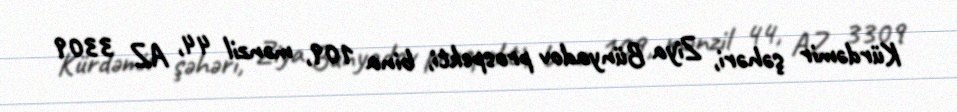
Kürdəmir şəhəri, Ziya Bünyadov prospekti, bina 109, mənzil 44, AZ 3309